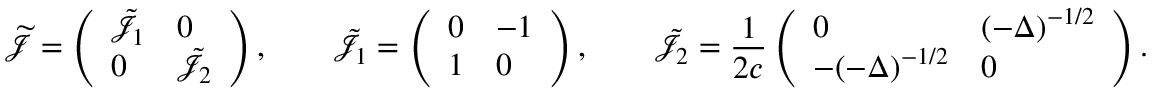
\widetilde { \mathscr J } = \left( \begin{array} { l l } { \tilde { \mathscr J } _ { 1 } } & { 0 } \\ { 0 } & { \tilde { \mathscr J } _ { 2 } } \end{array} \right) , \qquad \tilde { \mathscr J } _ { 1 } = \left( \begin{array} { l l } { 0 } & { - 1 } \\ { 1 } & { 0 } \end{array} \right) , \qquad \tilde { \mathscr J } _ { 2 } = \displaystyle \frac 1 { 2 c } \left( \begin{array} { l l } { 0 } & { ( - \Delta ) ^ { - 1 / 2 } } \\ { - ( - \Delta ) ^ { - 1 / 2 } } & { 0 } \end{array} \right) .